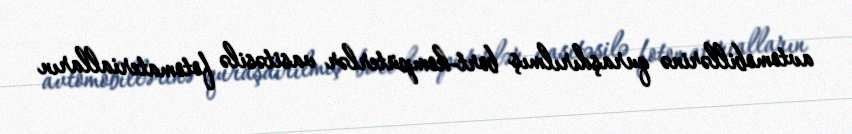
avtomobillərinə quraşdırılmış bort-kompüterlər vasitəsilə fotomaterialların